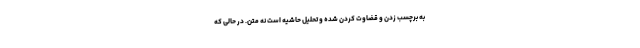
به برچسب زدن و قضاوت کردن شده و تحلیل حاشیه است نه متن. در حالی که